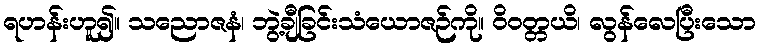
ရဟန်းဟူ၍။ သညောဇနံ၊ ဘွဲ့ချီခြင်းသံယောဇဉ်ကို။ ဝိဝတ္တယိ၊ လွန်လေပြီးသော